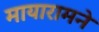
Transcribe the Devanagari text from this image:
मायारामने